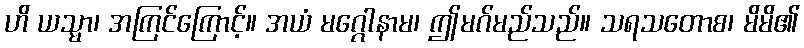
ဟိ ယသ္မာ၊ အကြင်ကြောင့်။ အယံ မဂ္ဂေါနာမ၊ ဤမဂ်မည်သည်။ သရသတောစ၊ မိမိ၏